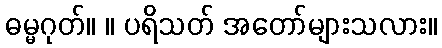
ဓမ္မဂုတ်။ ။ ပရိသတ် အတော်များသလား။